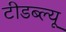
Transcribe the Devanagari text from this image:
टीडब्‍ल्‍यू